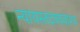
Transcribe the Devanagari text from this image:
न्यायस्तदवयवाश्च